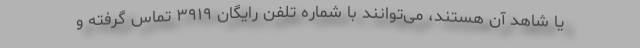
یا شاهد آن هستند، می‌توانند با شماره تلفن رایگان ۳۹۱۹ تماس گرفته و